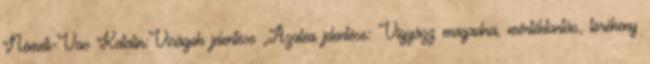
Németi-Vas Katalin:Virágok jelentése „Azalea jelentése: Vigyázz magadra, mértéktartás, törékeny